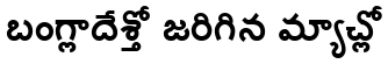
బంగ్లాదేశ్తో జరిగిన మ్యాచ్లో